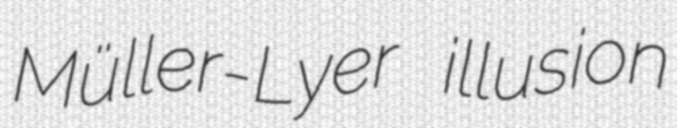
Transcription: Müller-Lyer illusion